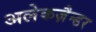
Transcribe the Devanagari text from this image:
अलेकज़ैन्डर